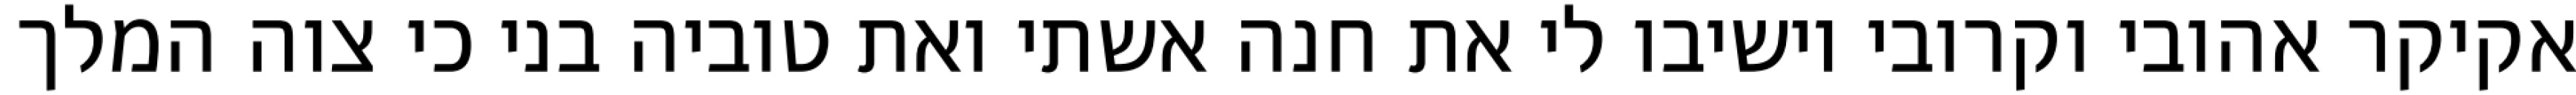
אקיקר אהובי וקרובי וישיבו לי את חנה אשתי ואת טוביה בני כי צוה המלך